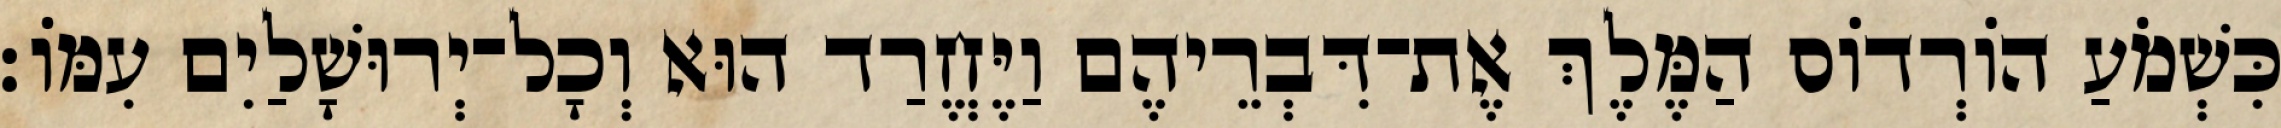
כִּשְׁמֹעַ הוֹרְדוֹס הַמֶּלֶךְ אֶת־דִּבְרֵיהֶם וַיֶּחֱרַד הוּא וְכָל־יְרוּשָׁלַיִם עִמּוֹ׃